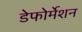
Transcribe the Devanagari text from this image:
डेफोर्मेशन